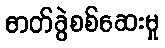
ဓာတ်ခွဲစစ်ဆေးမှု